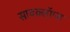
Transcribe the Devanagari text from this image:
सायक्लॉप्स